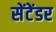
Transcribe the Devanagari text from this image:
सेंटेंडर